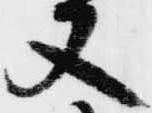
又